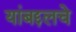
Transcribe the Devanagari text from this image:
यांबद्दलचे